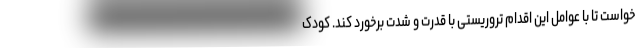
خواست تا با عوامل این اقدام تروریستی با قدرت و شدت برخورد کند. کودک